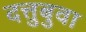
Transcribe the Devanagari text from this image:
दत्तुबुवा